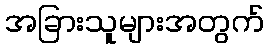
အခြားသူများအတွက်